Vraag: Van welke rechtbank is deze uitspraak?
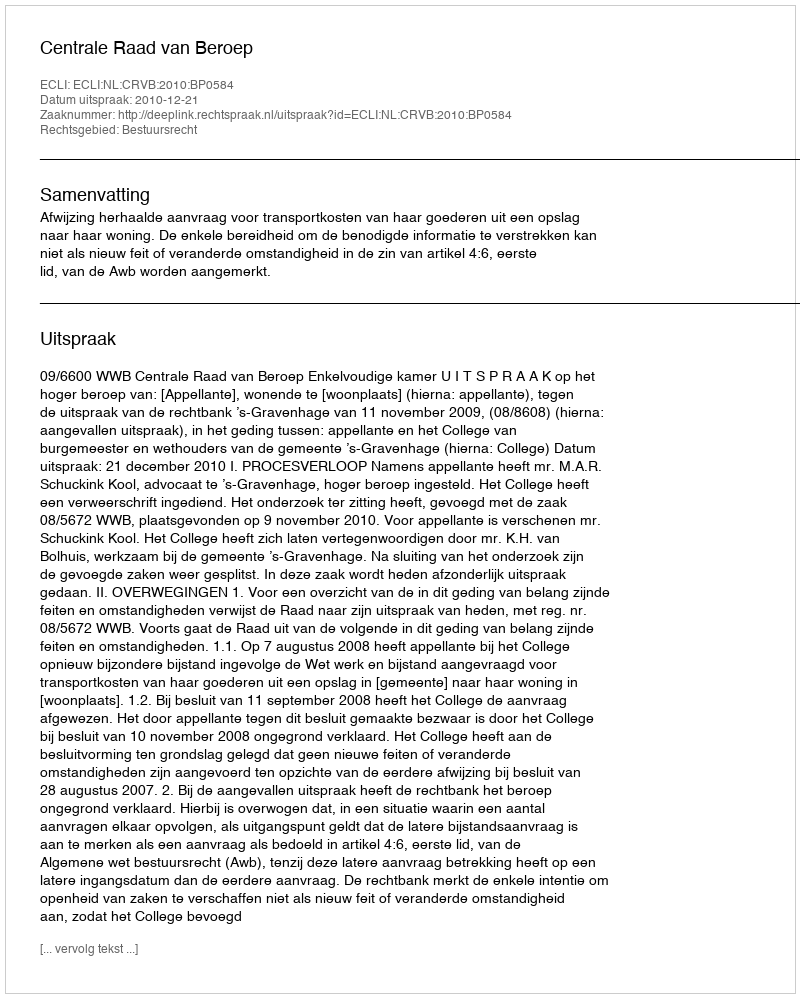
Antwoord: Centrale Raad van Beroep